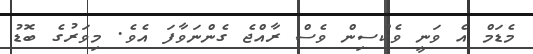
މެޑަމް އެ ވަނީ ވެކްސިން ވެސް ރާއްޖެ ގެންނަވާފަ އެވެ. މިވަރުގެ ބޮޑު